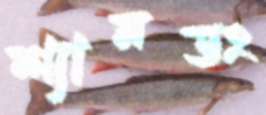
শ্যানডং